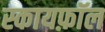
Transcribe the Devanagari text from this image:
स्कायफ़ॉल